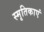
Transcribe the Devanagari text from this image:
स्मृतिकाएं